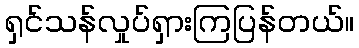
ရှင်သန်လှုပ်ရှားကြပြန်တယ်။